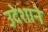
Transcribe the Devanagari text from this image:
उदेशाने